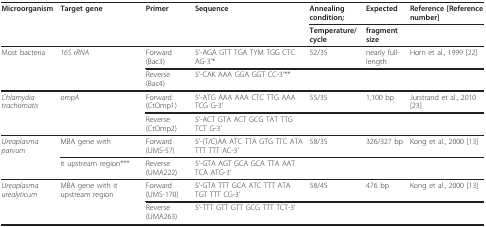
| Microorganism | Target gene | Primer | Sequence | Annealing condition; | Expected | Reference [Reference number] |
 |  |  |  |  | Temperature/cycle | fragment size |  |
 | --- | --- | --- | --- | --- | --- | --- |
 | Most bacteria | 16S rRNA | Forward (Bac3) | 5'-AGA GTT TGA TYM TGG CTC AG-3'* | 52/35 | nearly full-length | Horn et al., 1999 [22] |
 |  |  | Reverse (Bac4) | 5'-CAK AAA GGA GGT CC-3'** |  |  |  |
 | Chlamydia trachomatis | ompA | Forward (CtOmp1) | 5'-ATG AAA AAA CTC TTG AAA TCG G-3' | 55/35 | 1,100 bp | Jurstrand et al., 2010 [23] |
 |  |  | Reverse (CtOmp2) | 5'-ACT GTA ACT GCG TAT TTG TCT G-3' |  |  |  |
 | Ureaplasma parvum | MBA gene with | Forward (UMS-57) | 5'-(T/C)AA ATC TTA GTG TTC ATA TTT TTT AC-3' | 58/35 | 326/327 bp | Kong et al., 2000 [13] |
 |  | it upstream region*** | Reverse (UMA222) | 5'-GTA AGT GCA GCA TTA AAT TCA ATG-3' |  |  |  |
 | Ureaplasma urealyticum | MBA gene with it upstream region | Forward (UMS-170) | 5'-GTA TTT GCA ATC TTT ATA TGT TTT CG-3' | 58/45 | 476 bp | Kong et al., 2000 [13] |
 |  |  | Reverse (UMA263) | 5'-TTT GTT GTT GCG TTT TCT-3' |  |  |  |